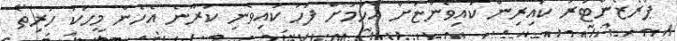
ޕްރެޒެންޓަރު ކައިރިން ކައިވެންޏަށް އެހުމަށް ފަހު ކައިވެނި ކުރާނެ އެހެން މީހަކު ހުރިތޯ